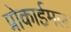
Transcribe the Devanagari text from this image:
प्रोकाईमल